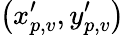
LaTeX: \left(x_{p,v}^{\prime},y_{p,v}^{\prime}\right)